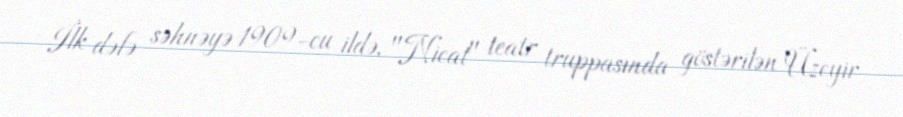
İlk dəfə səhnəyə 1909-cu ildə, "Nicat" teatr truppasında göstərilən Üzeyir